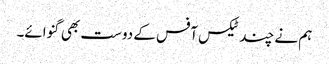
ہم نے چند ٹیکس آفس کے دوست بھی گنوائے۔